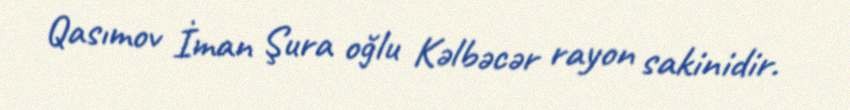
Qasımov İman Şura oğlu Kəlbəcər rayon sakinidir.